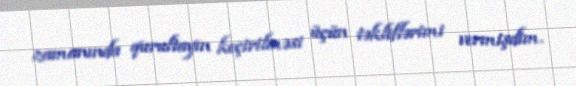
zamanında qurultayın keçirilməsi üçün təkliflərimi vermişdim.